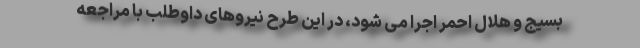
بسیج و هلال احمر اجرا می شود، در این طرح نیروهای داوطلب با مراجعه